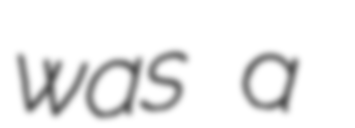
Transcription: was a